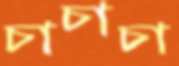
চাচাচা